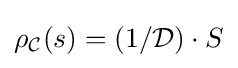
\rho _{\mathcal {C}}(s)=(1/{\mathcal {D}})\cdot S